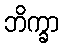
ဘိက္ခာ